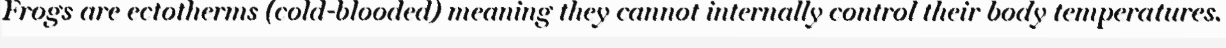
Frogs are ectotherms (cold-blooded) meaning they cannot internally control their body temperatures.